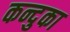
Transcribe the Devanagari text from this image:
कन्दुका